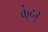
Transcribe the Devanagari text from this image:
कुंदुर